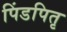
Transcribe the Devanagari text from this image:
पिंडपितृ